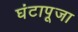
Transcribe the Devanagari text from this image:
घंटापूजा